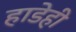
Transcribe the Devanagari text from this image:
हाडेही